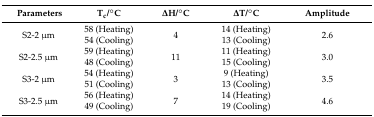
<table><thead><tr><td><b> Parameters</b></td><td><b>T<sub>c</sub>/°C</b></td><td><b>ΔH/°C</b></td><td><b>ΔT/°C</b></td><td><b>Amplitude</b></td></tr></thead><tbody><tr><td rowspan="2">S2-2 μm</td><td>58 (Heating)</td><td rowspan="2">4</td><td>14 (Heating)</td><td rowspan="2">2.6</td></tr><tr><td>54 (Cooling)</td><td>13 (Cooling)</td></tr><tr><td rowspan="2">S2-2.5 μm</td><td>59 (Heating)</td><td rowspan="2">11</td><td>11 (Heating)</td><td rowspan="2">3.0</td></tr><tr><td>48 (Cooling)</td><td>15 (Cooling)</td></tr><tr><td rowspan="2">S3-2 μm</td><td>54 (Heating)</td><td rowspan="2">3</td><td>9 (Heating)</td><td rowspan="2">3.5</td></tr><tr><td>51 (Cooling)</td><td>13 (Cooling)</td></tr><tr><td rowspan="2">S3-2.5 μm</td><td>56 (Heating)</td><td rowspan="2">7</td><td>14 (Heating)</td><td rowspan="2">4.6</td></tr><tr><td>49 (Cooling)</td><td>19 (Cooling)</td></tr></tbody></table>